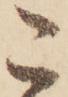
こ